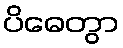
ပိဓေတွာ